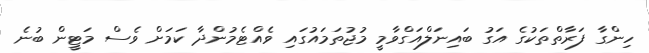
ހިންގާ ފަރާތްތަކުގެ އަގު ބައިނަލްއަގްވާމީ މުޖުތަމައުގައި ވެއްޓެމުންދާ ކަމަށް ވެސް މަޓީން ބުނެ